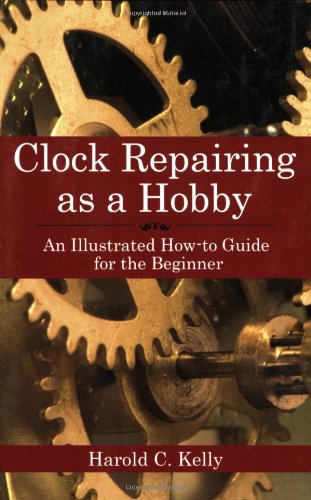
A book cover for Clock Repairing as a Hobby: An Illustrated How-To Guide for the Beginner; Harold C. Kelly; Crafts, Hobbies & Home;